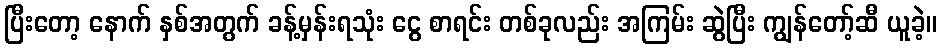
ပြီးတော့ နောက် နှစ်အတွက် ခန့်မှန်းရသုံး ငွေ စာရင်း တစ်ခုလည်း အကြမ်း ဆွဲပြီး ကျွန်တော့်ဆီ ယူခဲ့။